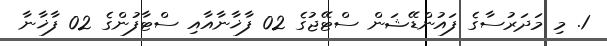
1. މި މަދަރުސާގެ ފައުންޑޭޝަން ސްޓޭޖުގެ 02 ފާޚާނާއާއި ސްޓާފުންގެ 02 ފާޚާނާ